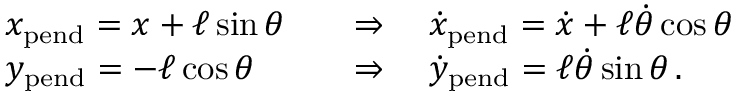
{ \begin{array} { r l l } & { x _ { \mathrm { p e n d } } = x + \ell \sin \theta } & { \quad \Rightarrow \quad { \dot { x } } _ { \mathrm { p e n d } } = { \dot { x } } + \ell { \dot { \theta } } \cos \theta } \\ & { y _ { \mathrm { p e n d } } = - \ell \cos \theta } & { \quad \Rightarrow \quad { \dot { y } } _ { \mathrm { p e n d } } = \ell { \dot { \theta } } \sin \theta \, . } \end{array} }